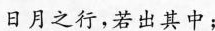
日月之行，若出其中；